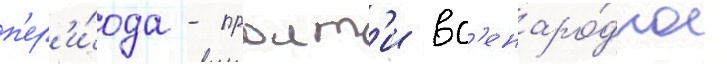
п'ер'и́ода - проит'и вс'енаро́дное